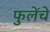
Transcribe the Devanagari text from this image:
फुलेंचे